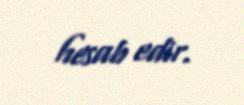
hesab edir.